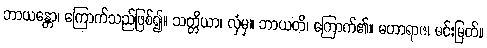
ဘာယန္တော၊ ကြောက်သည်ဖြစ်၍။ သတ္တိယာ၊ လှံမှ။ ဘာယတိ၊ ကြောက်၏။ မဟာရာဇ၊ မင်းမြတ်။